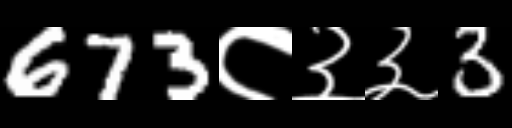
Text: 673८३३3